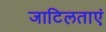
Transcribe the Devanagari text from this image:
जाटिलताएं